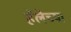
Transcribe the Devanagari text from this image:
हॅलेच्या